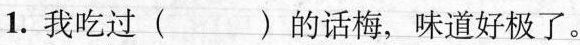
1. 我吃过( )的话梅，味道好极了。